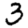
Digit: 3